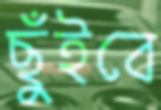
ছুঁইবে